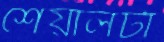
শেয়ালটা